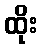
ထိုး